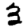
Digit: 3